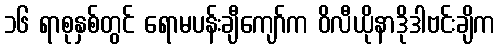
၁၆ ရာစုနှစ်တွင် ရောမပန်းချီကျော်က ဝိလီယိုနာဒိုဒါဗင်းချိက